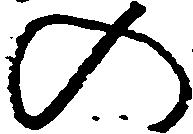
の